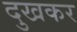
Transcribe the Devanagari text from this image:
दुखकर